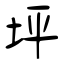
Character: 坪